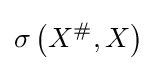
\sigma \left(X^{\#},X\right)